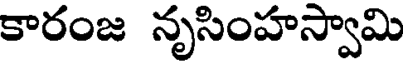
కారంజ నృసింహస్వామి